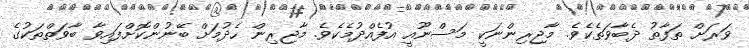
ވަރަށް ތަފާތު ދެބާވަތެކެވެ. މާޖިރިންނަކީ މަސްނޫއީ އުފެއްދުމެކެވެ. މާޖިރިން ހެދުމަށް ބޭނުންކޮށްފައިވާ ބާވަތްތަކުގެ